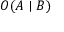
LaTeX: O ( A \mid B )